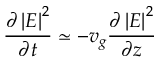
\frac { \partial \left\vert E \right\vert ^ { 2 } } { \partial t } \simeq - v _ { g } \frac { \partial \left\vert E \right\vert ^ { 2 } } { \partial z }